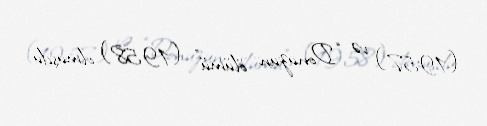
(1957) və “Donuzun ölümü” (1958) olmuşdu.